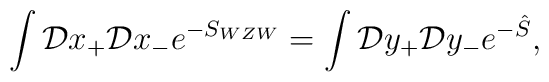
\int {\cal D}x_+{\cal D}x_-e^{-S_{WZW}} = \int {\cal D}y_+{\cal D}y_- e^{-\hat{S}},